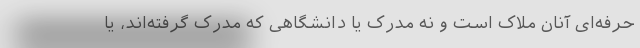
حرفه‌ای آنان ملاک است و نه مدرک یا دانشگاهی که مدرک گرفته‌اند، یا